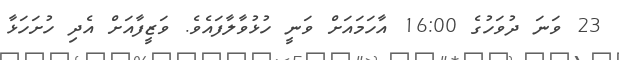
23 ވަނަ ދުވަހުގެ 16:00 އާހަމައަށް ވަނީ ހުޅުވާލާފައެވެ. ވަޒީފާއަށް އެދި ހުށަހަޅާ